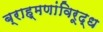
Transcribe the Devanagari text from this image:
ब्राह्मणांविरूद्ध